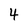
Character: 4